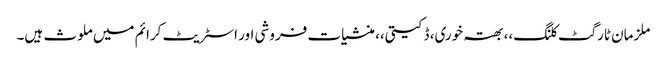
ملزمان ٹارگٹ کلنگ،، بھتہ خوری، ڈکیتی،، منشیات فروشی اور اسٹریٹ کرائم میں ملوث ہیں۔